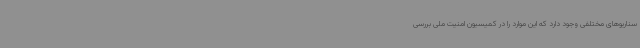
سناریوهای مختلفی وجود دارد که این موارد را در کمیسیون امنیت ملی بررسی